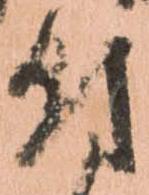
付